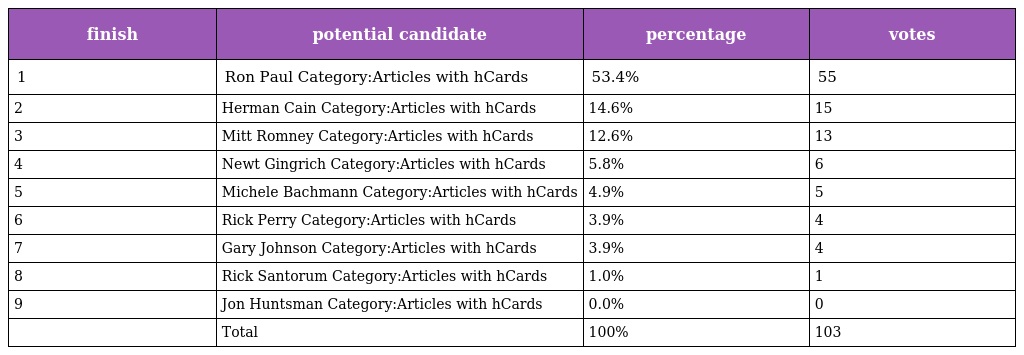
| finish | potential candidate | percentage | votes |
 | --- | --- | --- | --- |
 | 1 | Ron Paul Category:Articles with hCards | 53.4% | 55 |
 | 2 | Herman Cain Category:Articles with hCards | 14.6% | 15 |
 | 3 | Mitt Romney Category:Articles with hCards | 12.6% | 13 |
 | 4 | Newt Gingrich Category:Articles with hCards | 5.8% | 6 |
 | 5 | Michele Bachmann Category:Articles with hCards | 4.9% | 5 |
 | 6 | Rick Perry Category:Articles with hCards | 3.9% | 4 |
 | 7 | Gary Johnson Category:Articles with hCards | 3.9% | 4 |
 | 8 | Rick Santorum Category:Articles with hCards | 1.0% | 1 |
 | 9 | Jon Huntsman Category:Articles with hCards | 0.0% | 0 |
 |  | Total | 100% | 103 |